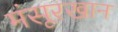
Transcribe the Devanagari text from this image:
मंसूरखान